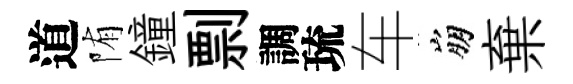
道陏鐘剽調琉车崩棄